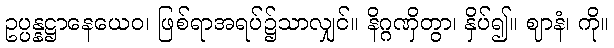
ဥပ္ပန္နဋ္ဌာနေယေဝ၊ ဖြစ်ရာအရပ်၌သာလျှင်။ နိဂ္ဂဏှိတွာ၊ နှိပ်၍။ ဈာနံ၊ ကို။